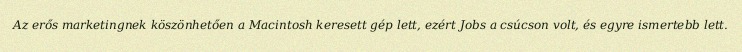
Az erős marketingnek köszönhetően a Macintosh keresett gép lett, ezért Jobs a csúcson volt, és egyre ismertebb lett.